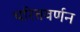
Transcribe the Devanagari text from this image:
चरितवर्णन